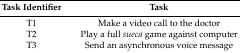
| Task Identifier | Task |
 | --- | --- |
 | T1 | Make a video call to the doctor |
 | T2 | Play a full sueca game against computer |
 | T3 | Send an asynchronous voice message |